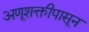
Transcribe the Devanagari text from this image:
अणूशक्तीपासून